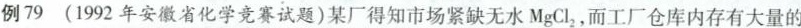
例79 (1992年安徽省化学竞赛试题)某厂得知市场紧缺无水MgCl_{2}，而工厂仓库内存有大量的